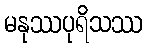
မနုဿပုရိသဿ